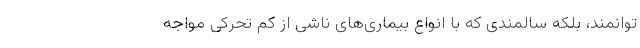
توانمند، بلکه سالمندی که با انواع بیماری‌های ناشی از کم تحرکی مواجه